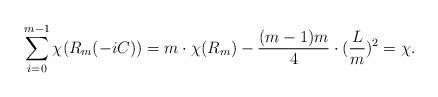
LaTeX: \begin{align*}\sum_{i=0}^{m-1}\chi(R_m(-iC))=m\cdot\chi(R_m)-\frac{(m-1)m}4\cdot(\frac{L}{m})^2=\chi.\end{align*}